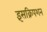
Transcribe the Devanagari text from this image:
इंसक्रिपशन